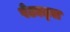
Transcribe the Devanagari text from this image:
पेटएट्स